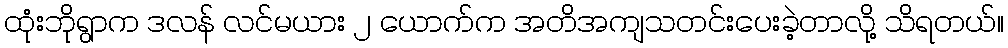
ထုံးဘိုရွာက ဒလန် လင်မယား ၂ ယောက်က အတိအကျသတင်းပေးခဲ့တာလို့ သိရတယ်။